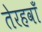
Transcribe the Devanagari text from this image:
तेरहवॉं